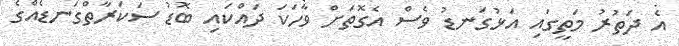
އެ ދަތުރު މަތީގައި އަޅުގަނޑު ވެސް އެގޮތަށް ވާހަކަ ދައްކައި ބޮޑު ސަކަރާތްގަނޑެއްގެ